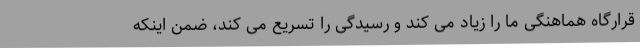
قرارگاه هماهنگی ما را زیاد می کند و رسیدگی را تسریع می کند، ضمن اینکه